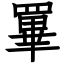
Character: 罼